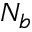
N _ { b }